Civil Veterinary Department Bihar & Orissa reports 1929-36 - 1929-1936
Year: 1929
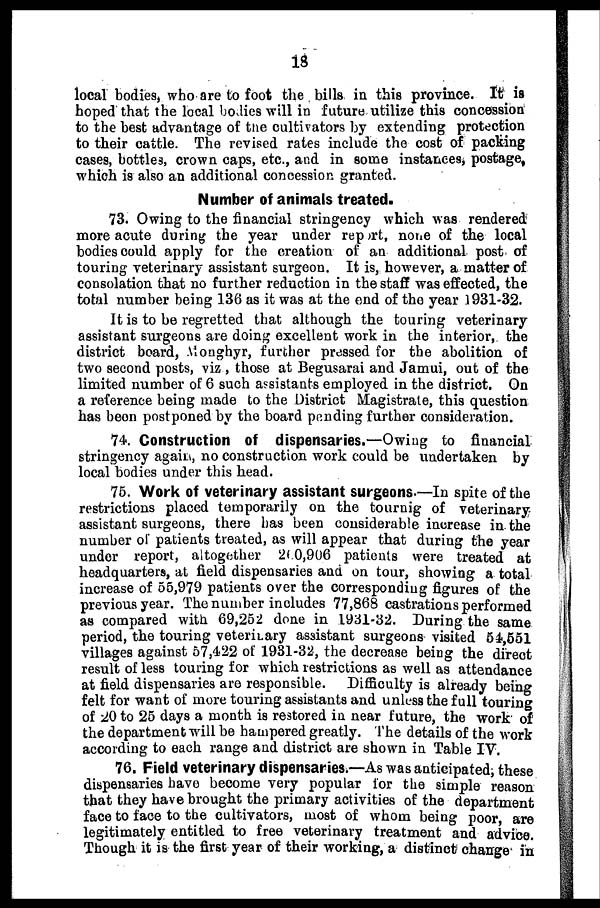
18
local bodies, who are to foot the bills in this province. It is
hoped that the local bodies will in future utilize this concession
to the best advantage of the cultivators by extending protection
to their cattle. The revised rates include the cost of packing
cases, bottles, crown caps, etc., and in some instances, postage,
which is also an additional concession granted.
Number of animals treated.
73. Owing to the financial stringency which was rendered
more acute during the year under report, none of the local
bodies could apply for the creation of an additional post of
touring veterinary assistant surgeon. It is, however, a matter of
consolation that no further reduction in the staff was effected, the
total number being 136 as it was at the end of the year 1931-32.
It is to be regretted that although the touring veterinary
assistant surgeons are doing excellent work in the interior, the
district board, Alonghyr, further pressed for the abolition of
two second posts, viz , those at Begusarai and Jamui, out of the
limited number of 6 such assistants employed in the district. On
a reference being made to the District Magistrate, this question
has been postponed by the board pending further consideration.
74. Construction of dispensaries.—Owing to financial
stringency again, no construction work could be undertaken by
local bodies under this head.
75. Work of veterinary assistant surgeons-—In spite of the
restrictions placed temporarily on the tournig of veterinary
assistant surgeons, there has been considerable increase in the
number of patients treated, as will appear that during the year
under report, altogether 200,906 patients were treated at
headquarters, at field dispensaries and on tour, showing a total
increase of 55,979 patients over the corresponding figures of the
previous year. The number includes 77,868 castrations performed
as compared with 69,252 done in 1931-32. During the same
period, the touring veterinary assistant surgeons visited 54,551
villages against 57,422 of 1931-32, the decrease being the direct
result of less touring for which restrictions as well as attendance
at field dispensaries are responsible. Difficulty is already being
felt for want of more touring assistants and unless the full touring
of 20 to 25 days a month is restored in near future, the work of
the department will be hampered greatly. The details of the work
according to each range and district are shown in Table IV.
76. Field veterinary dispensaries.—As was anticipated ; these
dispensaries have become very popular for the simple reason
that they have brought the primary activities of the department
face to face to the cultivators, most of whom being poor, are
legitimately entitled to free veterinary treatment and advice.
Though it is the first year of their working, a distinct change in